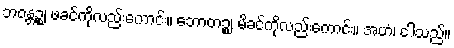
ဘဝန္တဉ္စ၊ ဖခင်ကိုလည်းကောင်း။ ဘောတဉ္စ၊ မိခင်ကိုလည်းကောင်း။ အဟံ၊ ငါသည်။